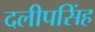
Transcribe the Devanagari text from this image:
दलीपसिंह